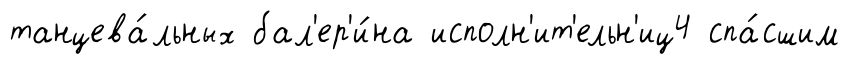
танцева́льных бал'ер'и́на исполн'ит'ельн'иц4 спа́сшим